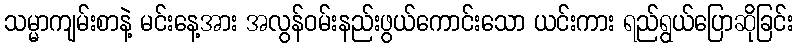
သမ္မာကျမ်းစာနဲ့ မင်းနေ့အား အလွန်ဝမ်းနည်းဖွယ်ကောင်းသော ယင်းကား ရည်ရွယ်ပြောဆိုခြင်း